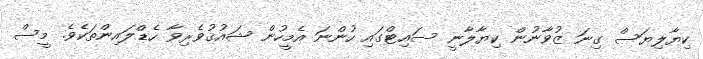
ކިޔާލިޔަސް ގިނަ ޒުވާނުން ކިޔާލާނީ ސައިޓްގައި ހުންނަ އެމީހުން ޝައުޤުވެރިވާ ހެޑްލައިންތަކެވެ. މީސް